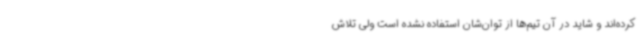
کرده‌اند و شاید در آن تیم‌ها از توان‌شان استفاده نشده است ولی تلاش